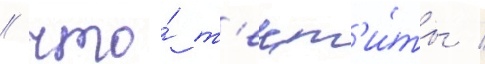
/ что́ т'ект'и́ты /